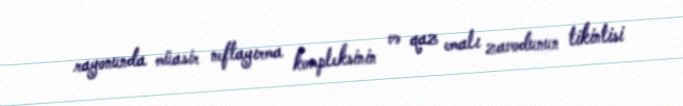
rayonunda müasir neftayırma kompleksinin və qaz emalı zavodunun tikintisi